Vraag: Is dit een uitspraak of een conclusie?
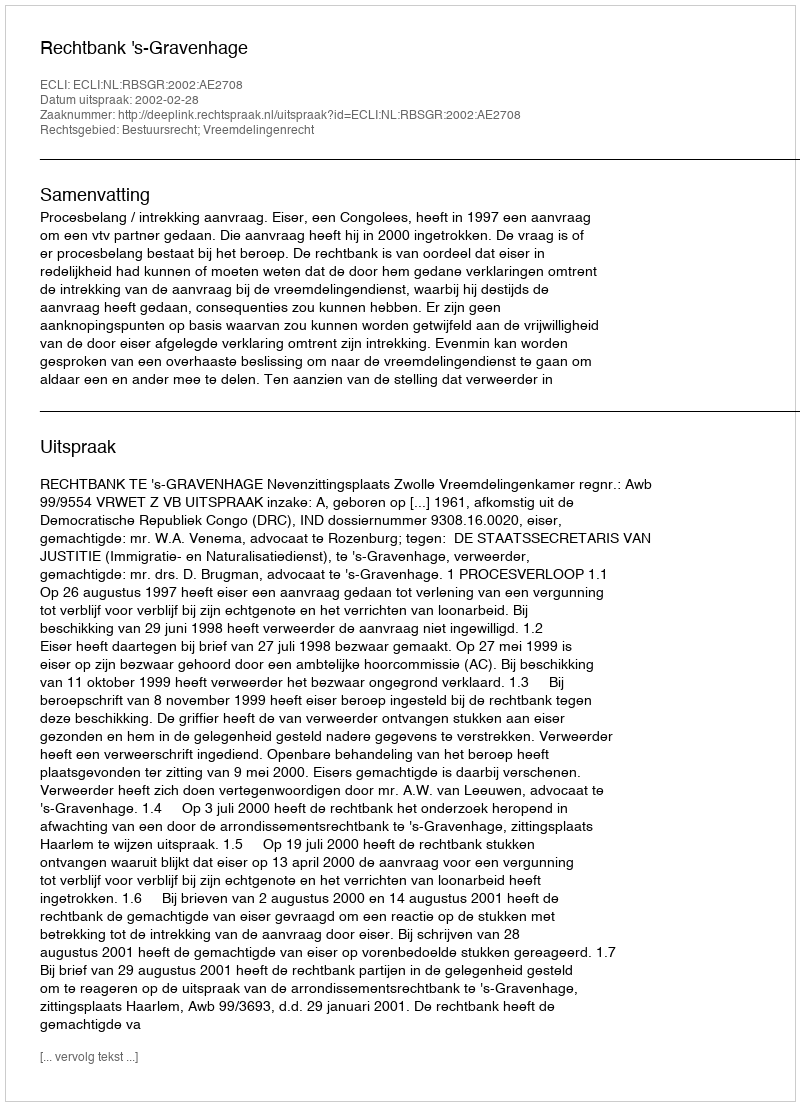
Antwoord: Uitspraak